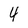
Character: 4